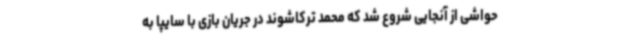
حواشی از آنجایی شروع شد که محمد ترکاشوند در جریان بازی با سایپا به